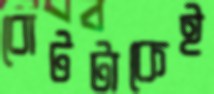
বোটটাকেই